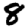
Digit: 8